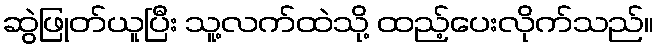
ဆွဲဖြုတ်ယူပြီး သူ့လက်ထဲသို့ ထည့်ပေးလိုက်သည်။